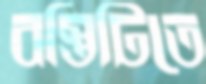
বস্তিটিতে